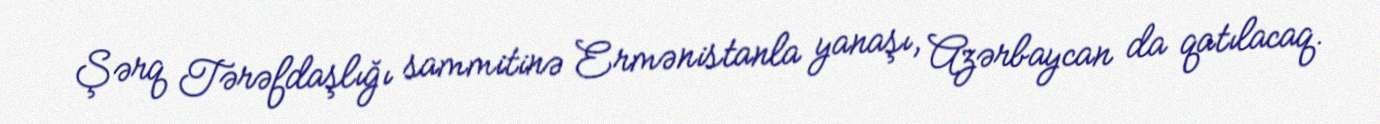
Şərq Tərəfdaşlığı sammitinə Ermənistanla yanaşı, Azərbaycan da qatılacaq.